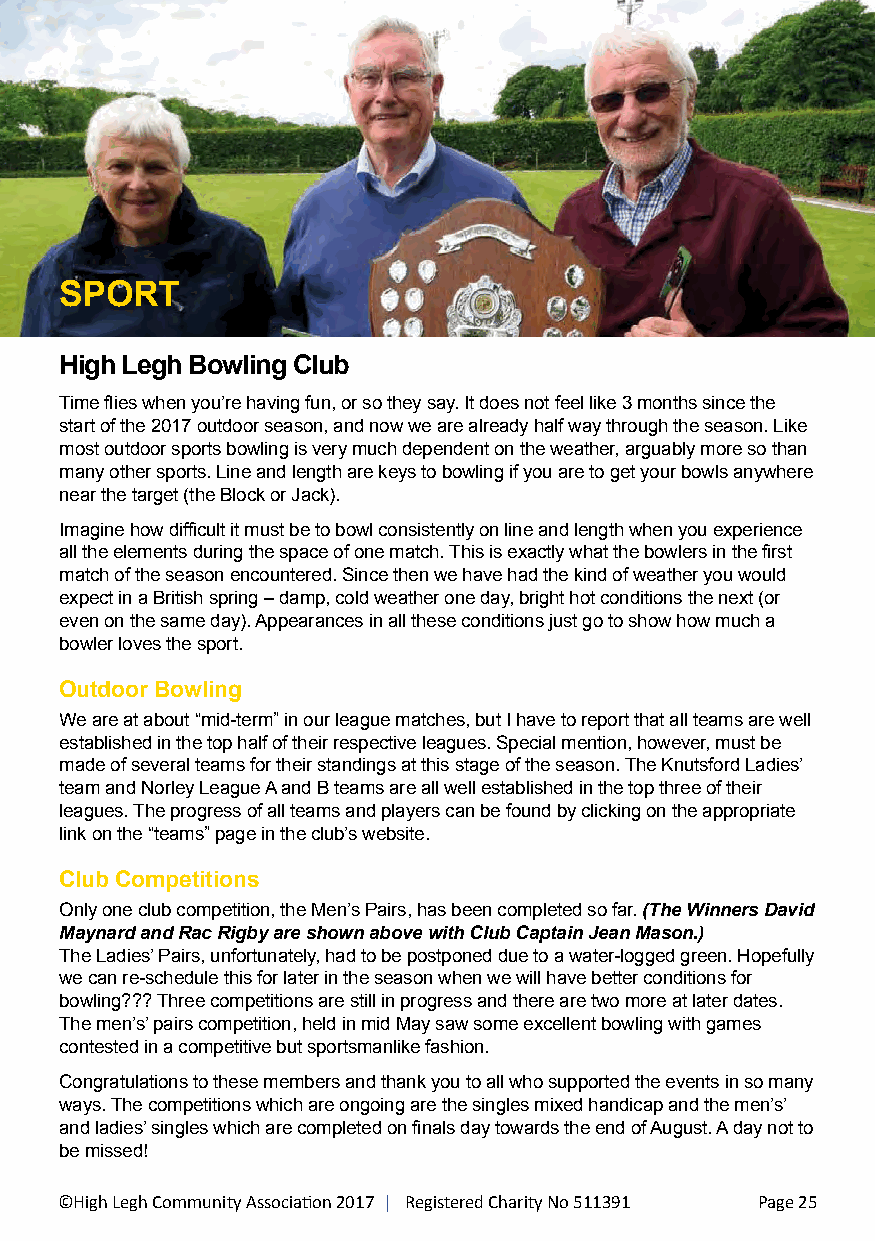
SPORT
 High Legh Bowling Club
 Time flies when you’re having fun, or so they say. It does not feel like 3 months since the
 start of the 2017 outdoor season, and now we are already half way through the season. Like
 most outdoor sports bowling is very much dependent on the weather, arguably more so than
 many other sports. Line and length are keys to bowling if you are to get your bowls anywhere
 near the target (the Block or Jack).
 Imagine how difficult it must be to bowl consistently on line and length when you experience
 all the elements during the space of one match. This is exactly what the bowlers in the first
 match of the season encountered. Since then we have had the kind of weather you would
 expect in a British spring – damp, cold weather one day, bright hot conditions the next (or
 even on the same day). Appearances in all these conditions just go to show how much a
 bowler loves the sport.
 Outdoor Bowling
 We are at about “mid-term” in our league matches, but I have to report that all teams are well
 established in the top half of their respective leagues. Special mention, however, must be
 made of several teams for their standings at this stage of the season. The Knutsford Ladies’
 team and Norley League A and B teams are all well established in the top three of their
 leagues. The progress of all teams and players can be found by clicking on the appropriate
 link on the “teams” page in the club’s website.
 Club Competitions
 Only one club competition, the Men’s Pairs, has been completed so far. (The Winners David
 Maynard and Rac Rigby are shown above with Club Captain Jean Mason.)
 The Ladies’ Pairs, unfortunately, had to be postponed due to a water-logged green. Hopefully
 we can re-schedule this for later in the season when we will have better conditions for
 bowling??? Three competitions are still in progress and there are two more at later dates.
 The men’s’ pairs competition, held in mid May saw some excellent bowling with games
 contested in a competitive but sportsmanlike fashion.
 Congratulations to these members and thank you to all who supported the events in so many
 ways. The competitions which are ongoing are the singles mixed handicap and the men’s’
 and ladies’ singles which are completed on finals day towards the end of August. A day not to
 be missed!
 ©High Legh Community Association 2017 | Registered Charity No 511391 Page 25